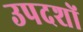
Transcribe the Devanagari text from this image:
उपदशों